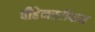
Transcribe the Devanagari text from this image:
वीहेनस्टीफन